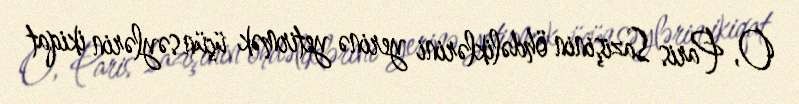
O, Paris Sazişinin öhdəliklərini yerinə yetirmək üçün səylərin ikiqat